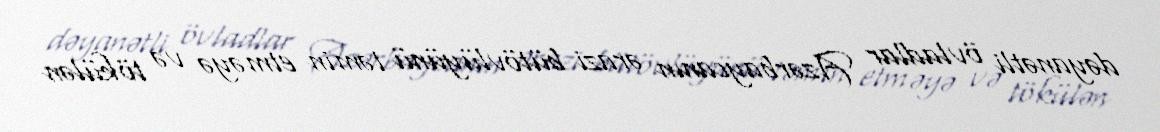
dəyanətli övladlar Azərbaycanın ərazi bütövlüyünü təmin etməyə və tökülən